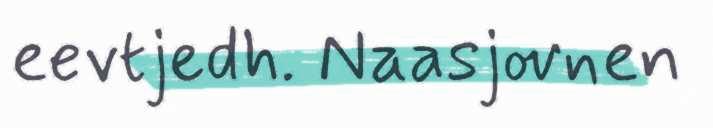
eevtjedh. Naasjovnen